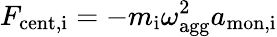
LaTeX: F_{\mathrm{cent,i}}=-m_{\mathrm{i}}\omega_{\mathrm{agg}}^{2}a_{\mathrm{mon,i}}